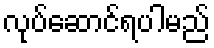
လုပ်ဆောင်ရပါမည်